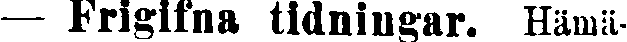
— Frigifna tidningar. Hämä-